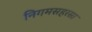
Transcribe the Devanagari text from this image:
निगमसहरसा